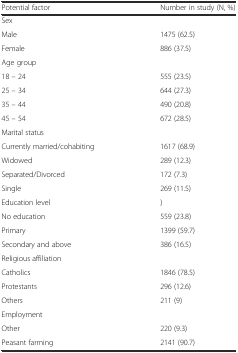
| Potential factor | Number in study (N, %) |
 | --- | --- |
 | Sex |  |
 | Male | 1475 (62.5) |
 | Female | 886 (37.5) |
 | Age group |  |
 | 18 – 24 | 555 (23.5) |
 | 25 – 34 | 644 (27.3) |
 | 35 – 44 | 490 (20.8) |
 | 45 – 54 | 672 (28.5) |
 | Marital status |  |
 | Currently married/cohabiting | 1617 (68.9) |
 | Widowed | 289 (12.3) |
 | Separated/Divorced | 172 (7.3) |
 | Single | 269 (11.5) |
 | Education level | ) |
 | No education | 559 (23.8) |
 | Primary | 1399 (59.7) |
 | Secondary and above | 386 (16.5) |
 | Religious affiliation |  |
 | Catholics | 1846 (78.5) |
 | Protestants | 296 (12.6) |
 | Others | 211 (9) |
 | Employment |  |
 | Other | 220 (9.3) |
 | Peasant farming | 2141 (90.7) |